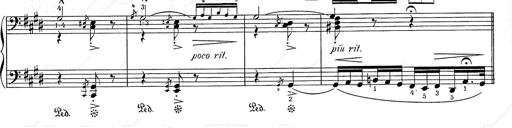
Title: Hungarian Rhapsody No.2
Composer: Franz Liszt
Key: C-sharp minor